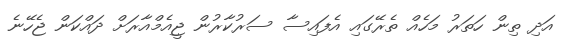
އަދި ތިން ހަތަރު މަހެއް ތެރޭގައި އެފައިސާ ސަރުކާރުން ޖީއެމްއާރަށް ދައްކަން ޖެހޭނެ